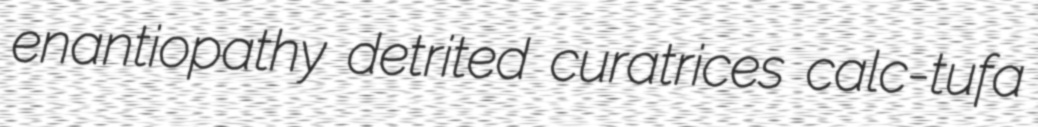
enantiopathy detrited curatrices calc-tufa